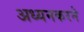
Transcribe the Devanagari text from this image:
अध्यनकरने